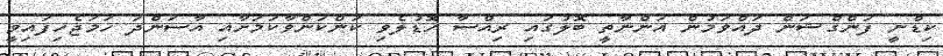
ކިޑްނީ ފަންގްޝަން ދައްވަމުން އަންނާތީ ބޮލުގައި ރިއްސާ ހޮޑުލެވި ކަންކަންވާކަމަށާއި އާސަންދަ ހަމަޖެހިފައިވީ